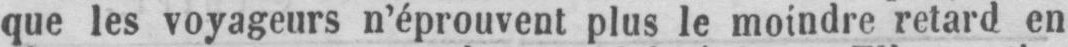
que les voyageurs n’éprouvent plus le moindre retard en